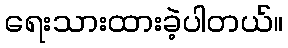
ရေးသားထားခဲ့ပါတယ်။